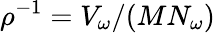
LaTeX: \rho^{-1}=V_{\omega}/(MN_{\omega})